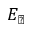
E _ { \perp }